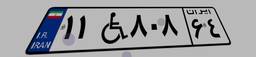
۱۱W۸۰۸۶۴